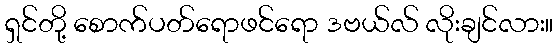
ရှင်တို့ စောက်ပတ်ရောဖင်ရော ဒဗယ်လ် လိုးချင်လား။